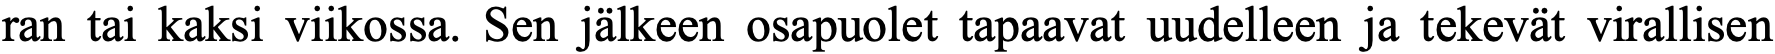
ran tai kaksi viikossa. Sen jälkeen osapuolet tapaavat uudelleen ja tekevät virallisen